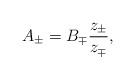
LaTeX: \begin{align*}A_{\pm}=B_{\mp}\frac{z_\pm}{z_\mp},\end{align*}